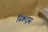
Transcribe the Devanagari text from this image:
स्किट्स